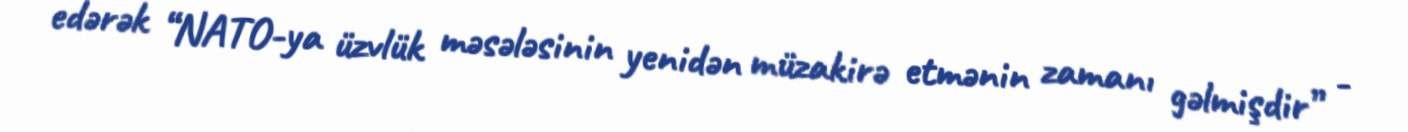
edərək “NATO-ya üzvlük məsələsinin yenidən müzakirə etmənin zamanı gəlmişdir” -